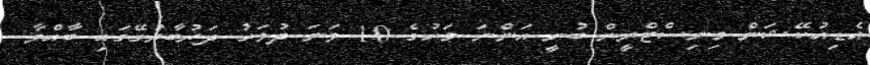
އެޑިއުކޭޝަން މިނިސްްޓްރީން ބުނީ އަންނަ މަހުގެ 10 ވަނަ ދުވަހު ދަރުބާރުގޭގައި ބާއްވާ